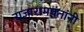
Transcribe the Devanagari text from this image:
राजारामपंतांनी